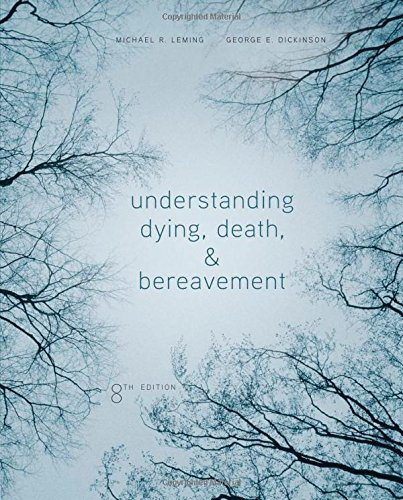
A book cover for Understanding Dying, Death, and Bereavement; Michael R. Leming; Self-Help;